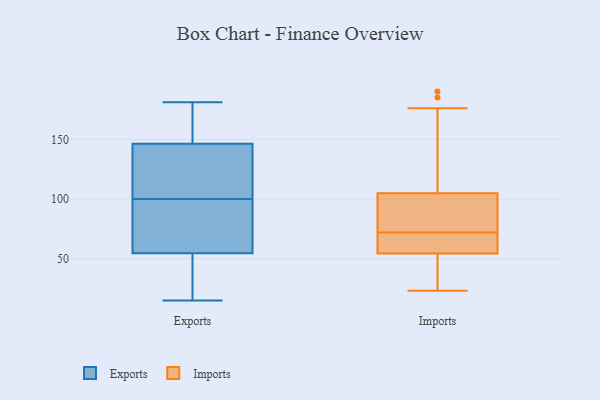
{"axis": {"x": "Backlog", "y": "Value"}, "legend": ["Exports", "Imports"], "data": [{"x": "", "y": 103, "type": "Exports"}, {"x": "", "y": 84, "type": "Exports"}, {"x": "", "y": 170, "type": "Exports"}, {"x": "", "y": 17, "type": "Exports"}, {"x": "", "y": 46, "type": "Exports"}, {"x": "", "y": 100, "type": "Exports"}, {"x": "", "y": 54, "type": "Exports"}, {"x": "", "y": 56, "type": "Exports"}, {"x": "", "y": 152, "type": "Exports"}, {"x": "", "y": 22, "type": "Exports"}, {"x": "", "y": 75, "type": "Exports"}, {"x": "", "y": 80, "type": "Exports"}, {"x": "", "y": 122, "type": "Exports"}, {"x": "", "y": 129, "type": "Exports"}, {"x": "", "y": 15, "type": "Exports"}, {"x": "", "y": 158, "type": "Exports"}, {"x": "", "y": 105, "type": "Exports"}, {"x": "", "y": 181, "type": "Exports"}, {"x": "", "y": 167, "type": "Exports"}, {"x": "", "y": 176, "type": "Imports"}, {"x": "", "y": 78, "type": "Imports"}, {"x": "", "y": 56, "type": "Imports"}, {"x": "", "y": 95, "type": "Imports"}, {"x": "", "y": 40, "type": "Imports"}, {"x": "", "y": 23, "type": "Imports"}, {"x": "", "y": 72, "type": "Imports"}, {"x": "", "y": 108, "type": "Imports"}, {"x": "", "y": 40, "type": "Imports"}, {"x": "", "y": 67, "type": "Imports"}, {"x": "", "y": 190, "type": "Imports"}, {"x": "", "y": 185, "type": "Imports"}, {"x": "", "y": 54, "type": "Imports"}, {"x": "", "y": 95, "type": "Imports"}, {"x": "", "y": 55, "type": "Imports"}]}